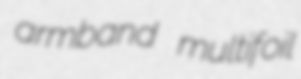
armband multifoil